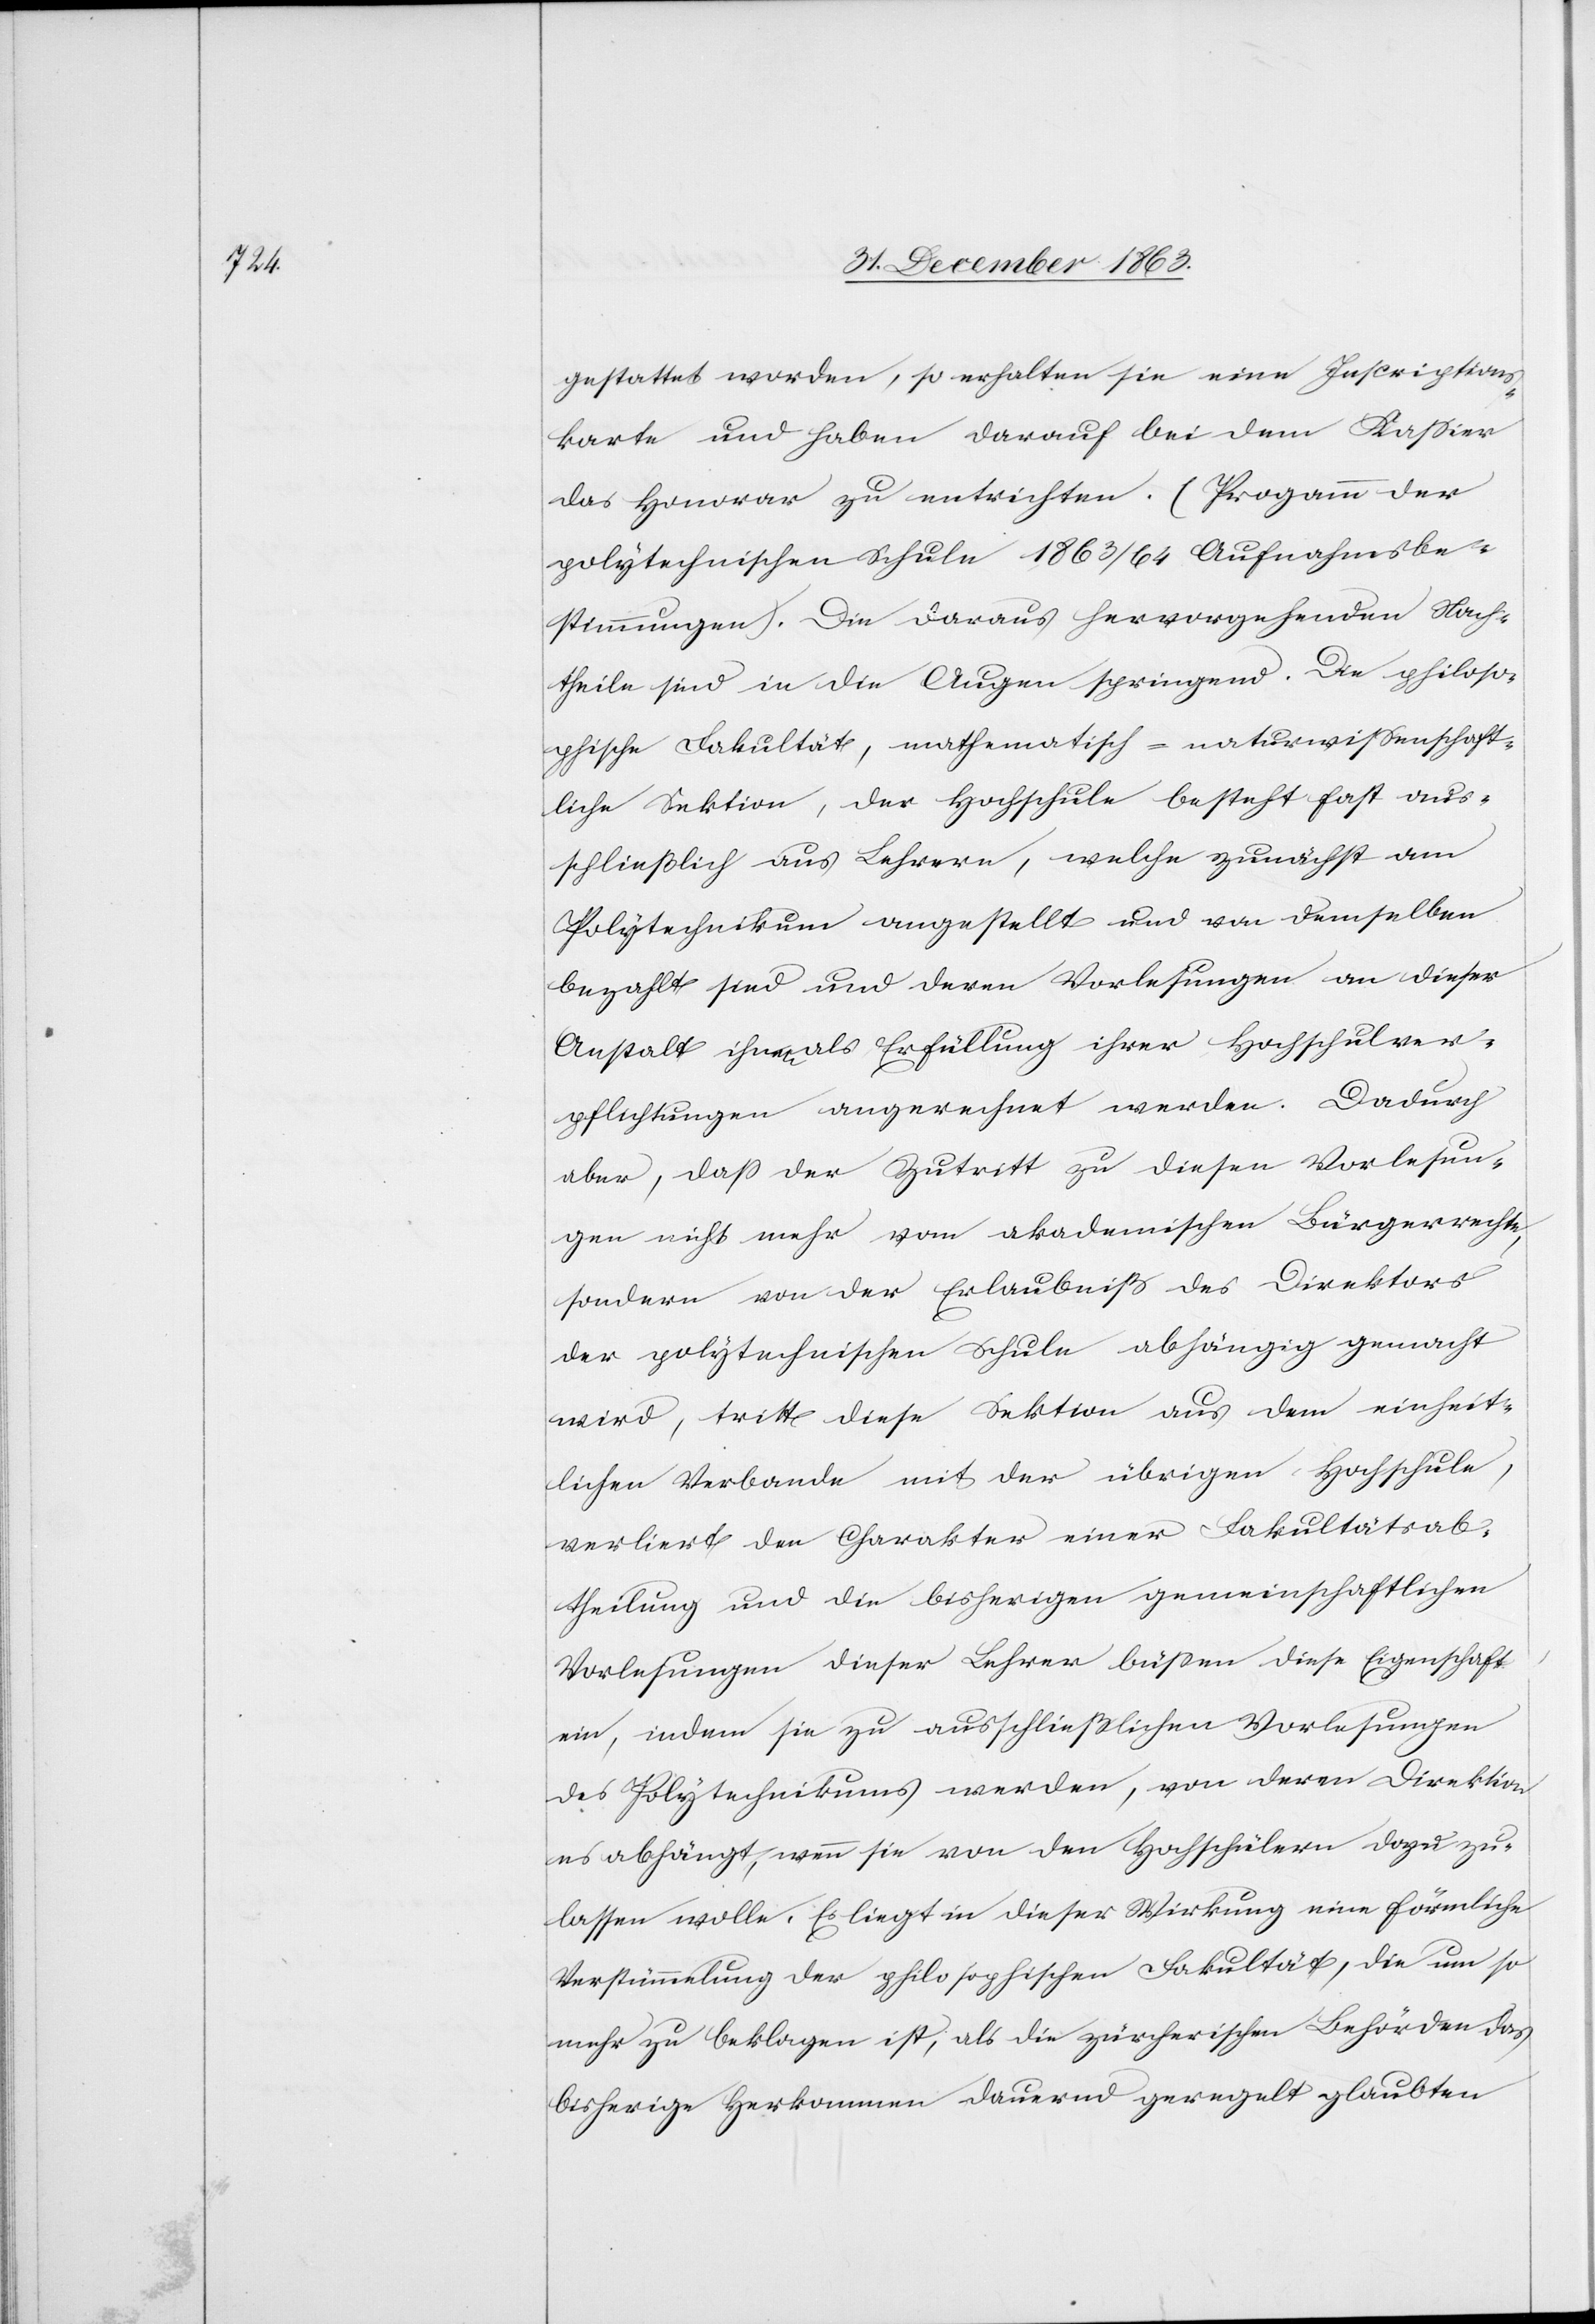
gestattet worden, so erhalten sie eine Inscriptions¬
karte und haben darauf bei dem Kassier
das Honorar zu entrichten. (Prog[r]amm der
polytechnischen Schule 1863/64 Aufnahmsbe¬
stimmungen). Die daraus hervorgehenden Nach¬
theile sind in die Augen springend. Die philoso¬
phische Fakultät, mathematisch-naturwissenschaft¬
liche Sektion, der Hochschule besteht fast aus¬
schließlich aus Lehrern, welche zunächst am
Polytechnikum angestellt und von demselben
bezahlt sind und deren Vorlesungen an dieser
Anstalt ihnen als Erfüllung ihrer Hochschulver¬
pflichtungen angerechnet werden. Dadurch
aber, dass der Zutritt zu diesen Vorlesun¬
gen nicht mehr vom akademischen Bürgerrechte,
sondern von der Erlaubniß des Direktors
der polytechnischen Schule abhängig gemacht
wird, tritt diese Sektion aus dem einheit¬
lichen Verbande mit der übrigen Hochschule,
verliert den Charakter einer Fakultätsab¬
theilung und die bisherigen gemeinschaftlichen
Vorlesungen dieser Lehrer büssen diese Eigenschaft
ein, indem sie zu ausschließlichen Vorlesungen
des Polytechnikums werden, von deren Direktion
es abhängt, wenn [sic!] sie von den Hochschülern dazu zu¬
lassen wolle. Es liegt in dieser Wirkung eine förmliche
Verstümmelung der philosophischen Fakultät, die um so
mehr zu beklagen ist, als die zürcherischen Behörden das
bisherige Herkommen dauernd geregelt glaubten